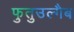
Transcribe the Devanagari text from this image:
फुतुउल्गैब